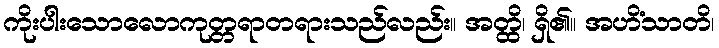
ကိုးပါးသောလောကုတ္တရာတရားသည်လည်း။ အတ္ထိ၊ ရှိ၏။ အဟိံသာတိ၊